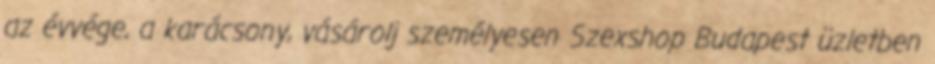
az évvége, a karácsony, vásárolj személyesen Szexshop Budapest üzletben